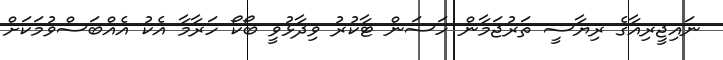
ނައިޖީރިއާގެ ރިޔާސީ ތަރުޖަމާން ހަސަން ޓާކުރު ވިދާޅުވީ ބޯކޯ ހަރާމާ އެކު އެއްބަސްވުމަކަށް